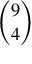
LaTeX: \binom { 9 } { 4 }